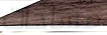
مساحات